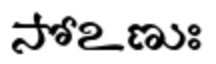
సోఽణుః